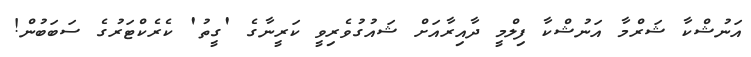
އަނުޝްކާ ޝަރްމާ އަނުޝްކާ ފިލްމީ ދާއިރާއަށް ޝައުގުވެރިވީ ކަރީނާގެ 'ގީތު' ކެރެކްޓަރުގެ ސަބަބުން!